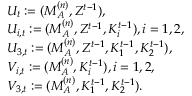
\begin{array} { r l } & { U _ { t } : = ( M _ { \cal A } ^ { ( n ) } , Z ^ { t - 1 } ) , } \\ & { U _ { i , t } : = ( M _ { \cal A } ^ { ( n ) } , Z ^ { t - 1 } , K _ { i } ^ { t - 1 } ) , i = 1 , 2 , } \\ & { U _ { 3 , t } : = ( M _ { \cal A } ^ { ( n ) } , Z ^ { t - 1 } , K _ { 1 } ^ { t - 1 } , K _ { 2 } ^ { t - 1 } ) , } \\ & { V _ { i , t } : = ( M _ { \cal A } ^ { ( n ) } , K _ { i } ^ { t - 1 } ) , i = 1 , 2 , } \\ & { V _ { 3 , t } : = ( M _ { \cal A } ^ { ( n ) } , K _ { 1 } ^ { t - 1 } , K _ { 2 } ^ { t - 1 } ) . } \end{array}